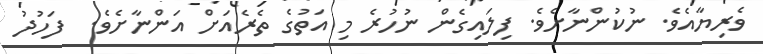
ވެރިޔާއެވެ. ނުކުންނާށެވެ. ފިލައިގެން ނުހުރެ މި އަތުގެ ތެރެއަށް އަންނާށެވެ.  ފަހުދު